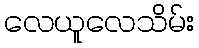
လေယူလေသိမ်း